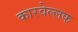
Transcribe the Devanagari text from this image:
कारवेल्लक